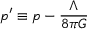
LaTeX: p ^ { \prime } \equiv p - { \frac { \Lambda } { 8 \pi G } }